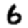
Digit: 6